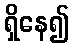
ရှိနေ၍